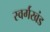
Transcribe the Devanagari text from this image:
स्वर्गखंड